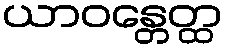
ယာဝန္တေတ္ထ